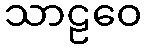
သာဠဝေ